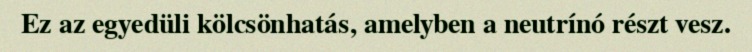
Ez az egyedüli kölcsönhatás, amelyben a neutrínó részt vesz.